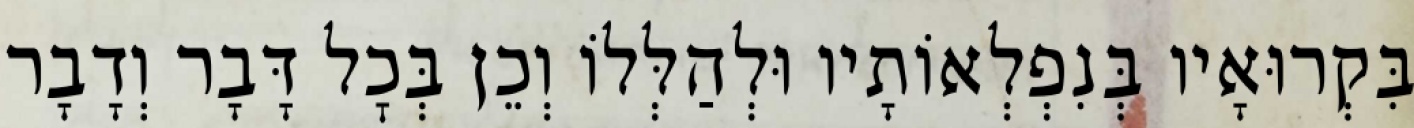
בִּקְרוּאָיו בְּנִפְלְאוֹתָיו וּלְהַלְּלוֹ וְכֵן בְּכׇל דָּבָר וְדָבָר